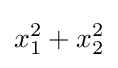
x_{1}^{2}+x_{2}^{2}